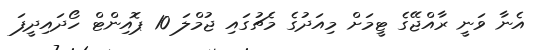
އެނާ ވަނީ ރާއްޖޭގެ ޓީމަށް މިއަދުގެ މެޗުގައި ޖުމްލަ 10 ޕޮއިންޓް ހޯދައިދީފަ